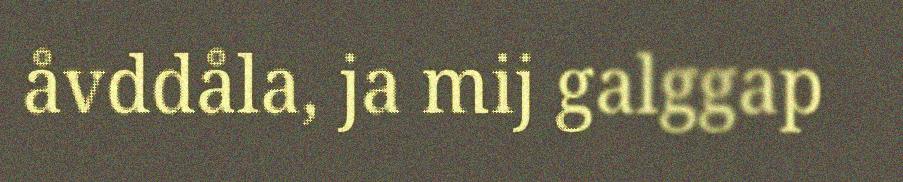
åvddåla, ja mij galggap